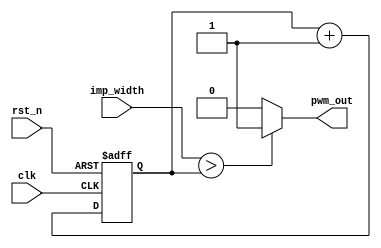
//Simple PWM

module lab6_pwm
#(
  parameter PWM_WIDTH=4
)
(
 input                 clk,
 input                 rst_n,
 input [PWM_WIDTH-1:0] imp_width,
 output                pwm_out
 );

   reg [PWM_WIDTH-1:0] cnt;
   
   
   always@(posedge clk or negedge rst_n)
     begin
        if(!rst_n)
          cnt <= {PWM_WIDTH{1'b0}};
        else
          cnt <= cnt + 1'b1;
     end
  
   assign pwm_out = (imp_width > cnt) ? 1'b1 : 1'b0;
   
endmodule // pwm